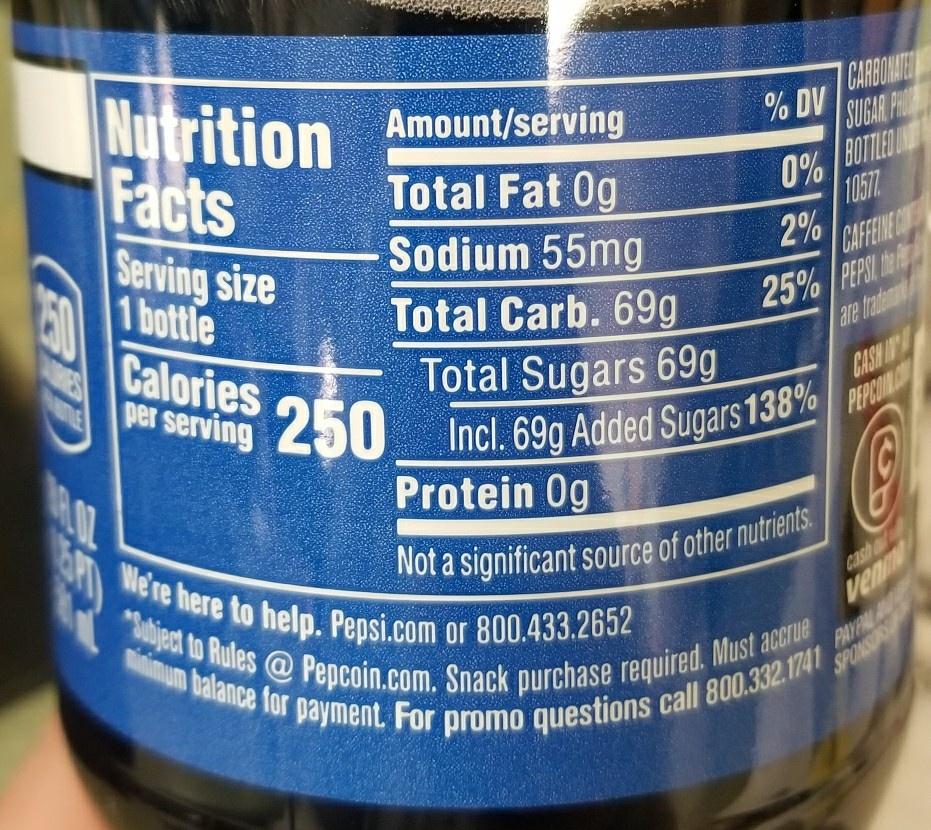
Nutrition Facts Serving size Amount/serving CARBONMIE % DV SUGAR FRI Total Fat Og Sodium 55mg Total Carb. 69g Total Sugars 69g Incl. 69g Added Sugars 138% Protein 0g 0% /BOTTLED 105T 2% CAFFIE 1 bottle 25% PEPSI are traton Calories per serving 250 CASHI PEPCOR M01 We're here to help. Pepsi.com or 800.433.2652 Not a significant source of other nutrients. "aject to Rules@ Pepcoin.com. Snack purchase required. Must accrue cash venn minimum balance for payment. For promo questions call 800.332.1741 PAYPAL AND SPONSORS